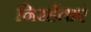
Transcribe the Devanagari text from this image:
निरर्हताएं